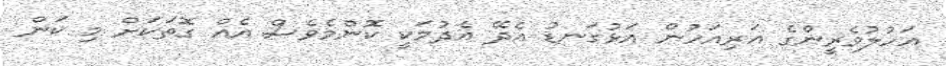
އަހުލުވެރީންގެ އަރިއަހުން އަޅުގަނޑު އެދޭ އެދުމަކީ ކޮންމެވެސް އެއް ގޮތަކަށް މި ކަން